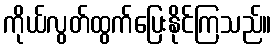
ကိုယ်လွတ်ထွက်ပြေးနိုင်ကြသည်။